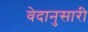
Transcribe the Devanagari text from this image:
वेदानुसारी